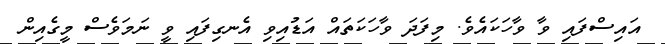
އައިސްފައި ވާ ވާހަކައެވެ. މިފަދަ ވާހަކަތައް އަޑުއިވި އެނގިފައި ވީ ނަމަވެސް މީގެއިން